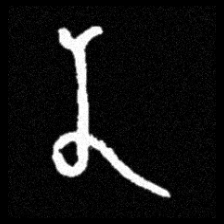
Pyu character \u2014 Myanmar letter: န (romanized: na)